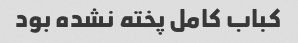
کباب کامل پخته نشده بود